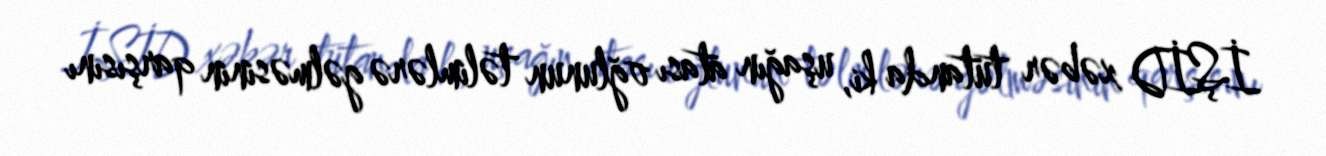
İŞİD xəbər tutanda ki, uşağın atası oğlunun təlimlərə gəlməsinin qarşısını